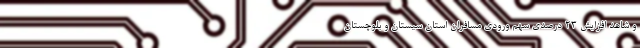
و شاهد افزایش ۲۳ درصدی سهم ورودی مسافران استان سیستان و بلوچستان